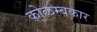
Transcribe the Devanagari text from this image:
कोळम्बकार